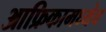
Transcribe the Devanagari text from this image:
आफ्रिकामध्येच